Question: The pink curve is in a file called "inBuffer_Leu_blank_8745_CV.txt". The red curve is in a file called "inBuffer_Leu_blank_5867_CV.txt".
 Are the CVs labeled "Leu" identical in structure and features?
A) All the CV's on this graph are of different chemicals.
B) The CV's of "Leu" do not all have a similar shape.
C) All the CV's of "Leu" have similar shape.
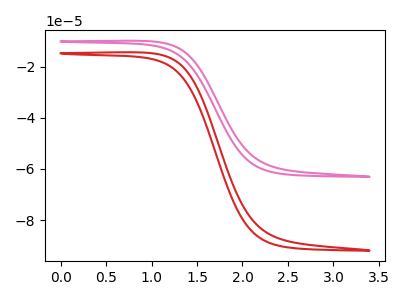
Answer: <think>The pink curve "Leu_blank1" has no peaks. The red curve "Leu_blank2" has no peaks.
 Neither "Leu_blank1" or "Leu_blank2" have any peaks.</think>
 <answer>C) All the CV's of "Leu" have similar shape.</answer>
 <eval>C</eval>